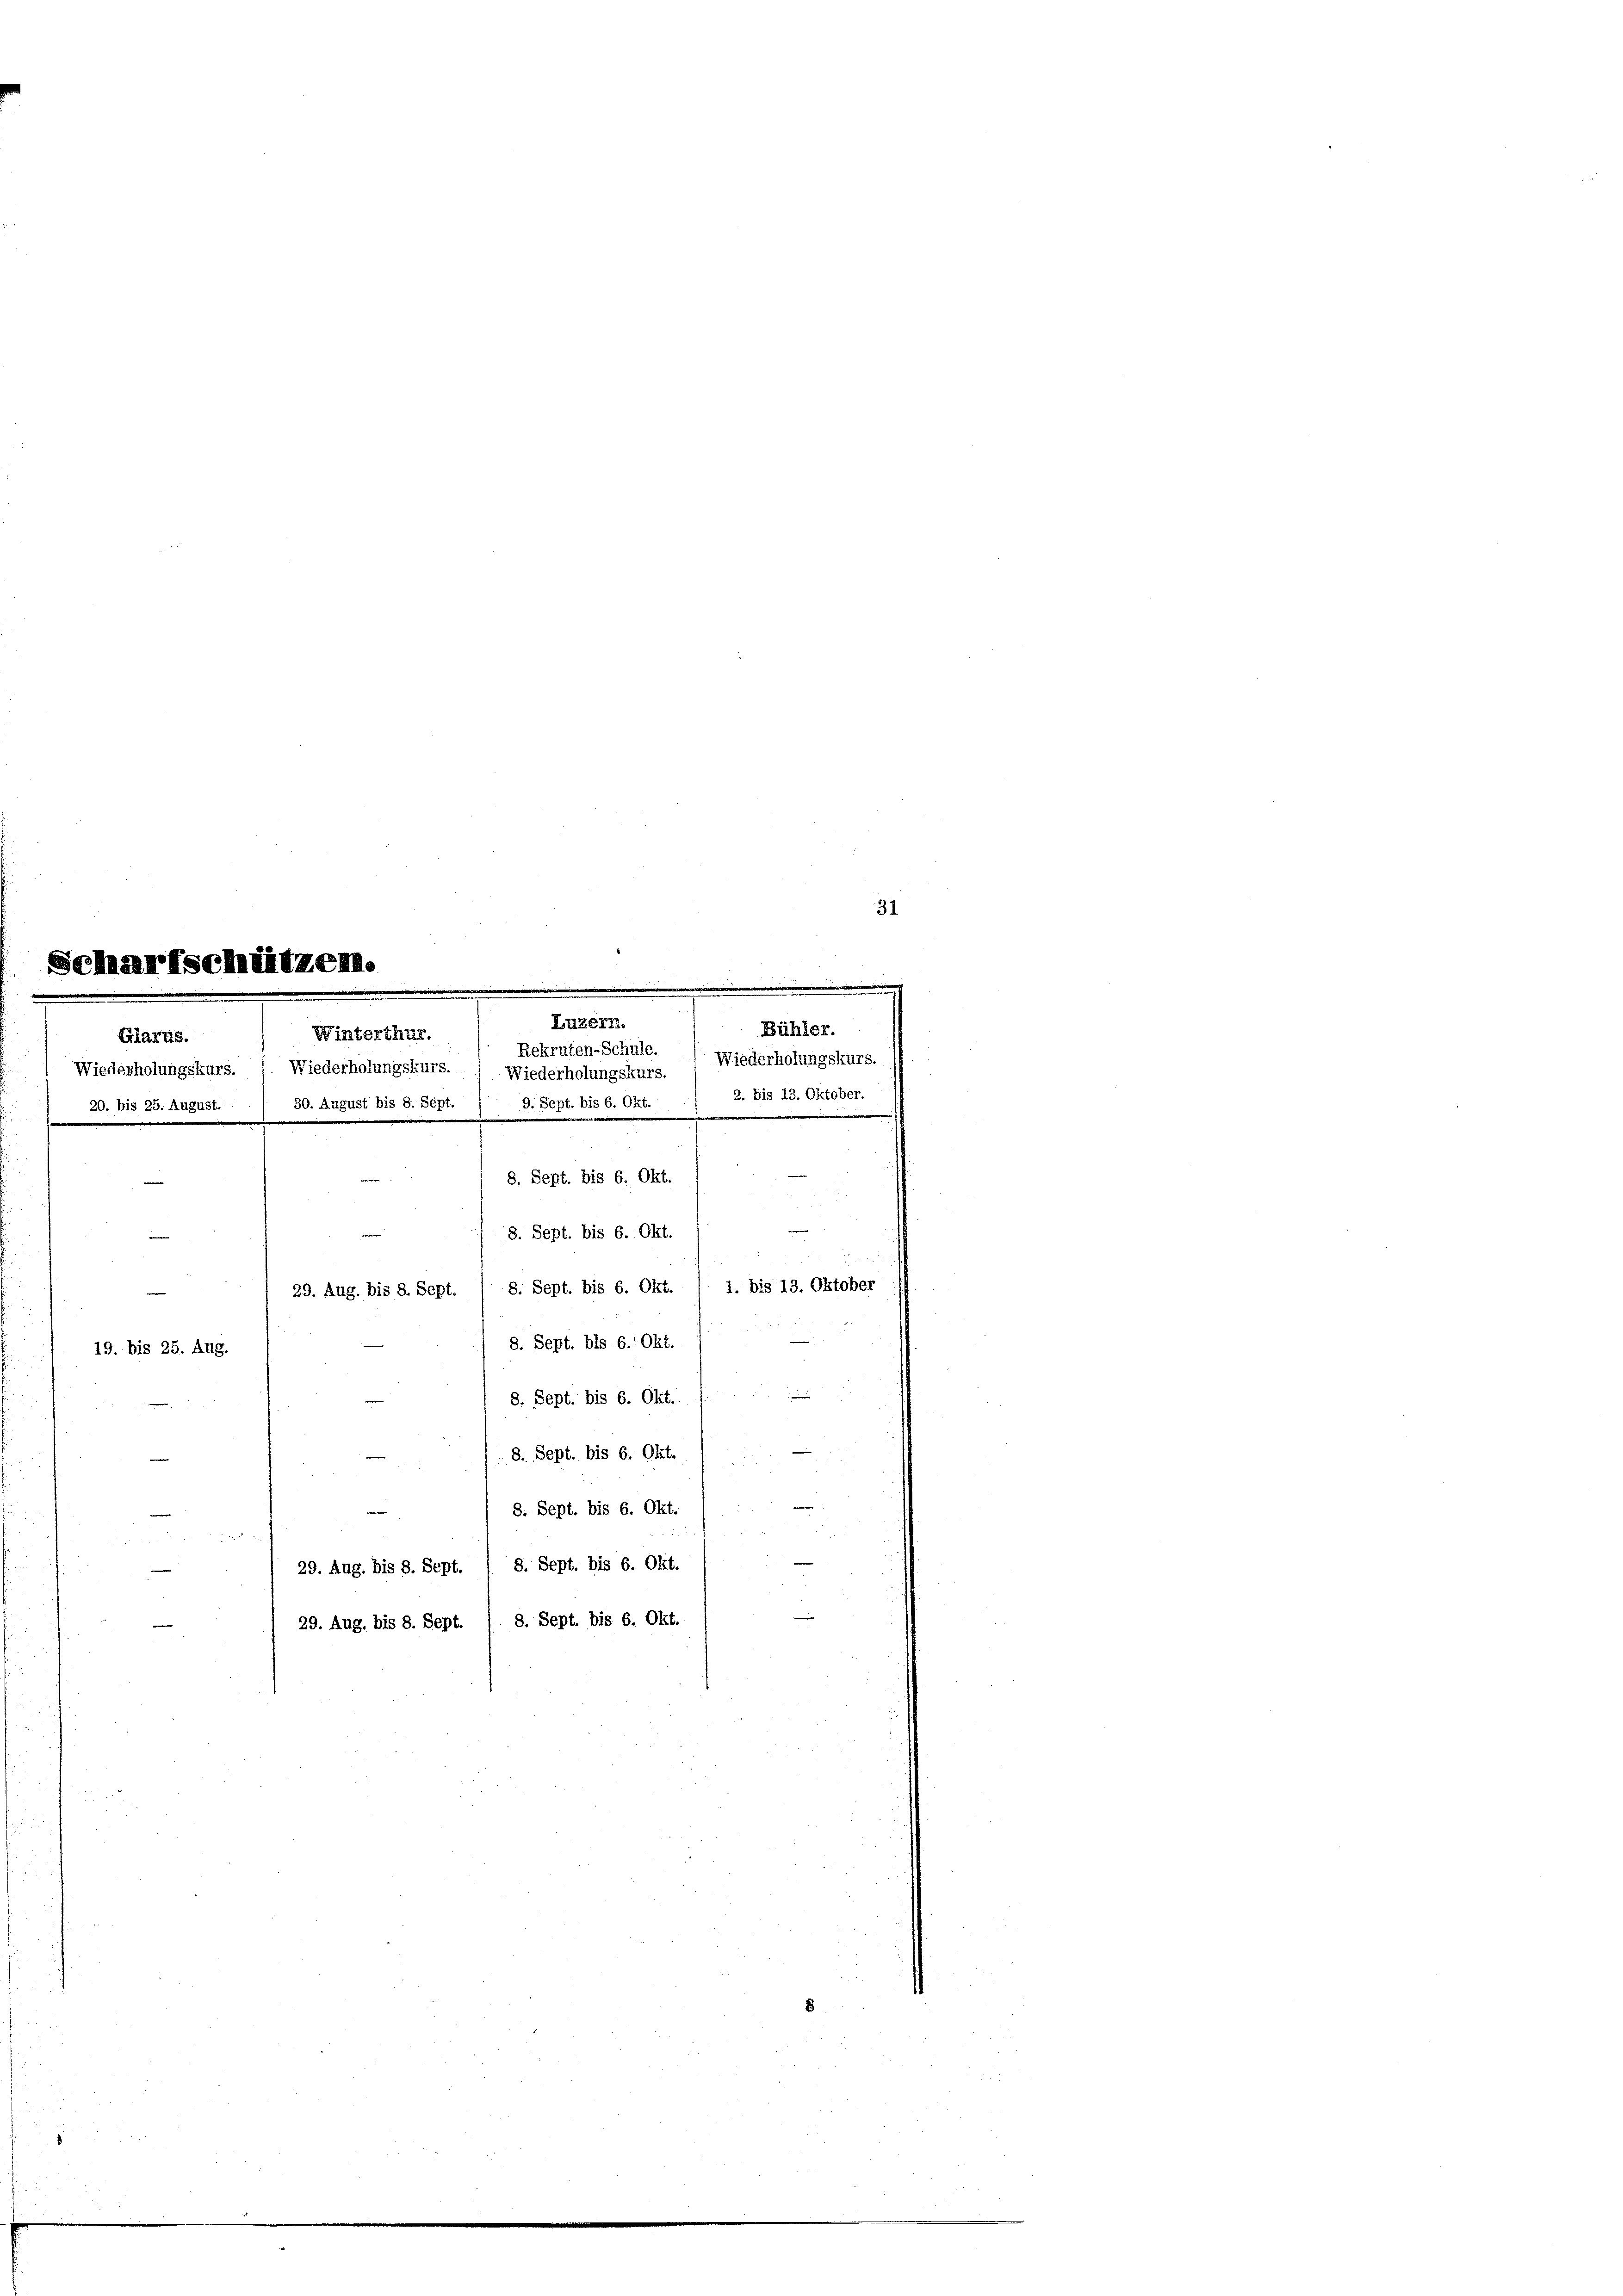
Glarus.

8

Luzern.
Winterthur.
Rekruten-Schule.  Wiederholungskurs.
Wiederholungskurs. ( Wiederholungskurs. ( Wiederholungskurs.
20. bis 25. August.    30. August bis 8. Sept. 1 9. Sept. bis 6. Okt.
e
8. Sept. bis 6. Okt.
e
8. Sept. bis 6. Okt.
29. Aug. bis 8. Sept. / 8. Sept. bis 6. Okt. / 1. bis 13. Oktober
8. Sept. bis 6. Okt.
19. bis 25. Aug.
8. Sept. bis 6. Okt. 1

8. Sept. bis 6. Okt.
8. Sept. bis 6. Okt.

29. Aug. bis 8. Sept. / 8. Sept. bis 6. Okt.
29. Aug. bis 8. Sept. / 8. Sept. bis 6. Okt.

Bühler.
2. bis 13. Oktober.

e

31